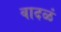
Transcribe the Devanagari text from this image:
वादळं